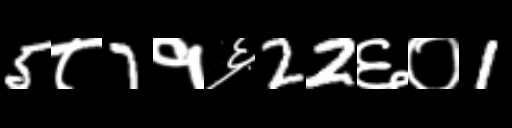
Text: 5८7१६22६०1